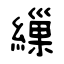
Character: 繅